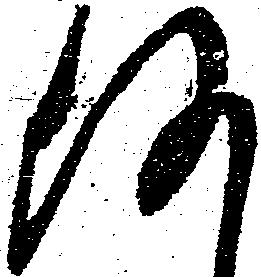
何